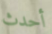
أحدث